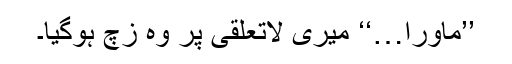
’’ماورا…‘‘ میری لاتعلقی پر وہ زچ ہوگیا۔